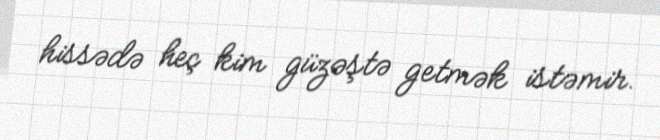
hissədə heç kim güzəştə getmək istəmir.